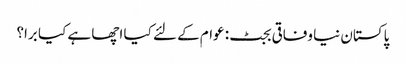
پاکستان نیا وفاقی بجٹ: عوام کے لئے کیا اچھا ہے کیا برا؟